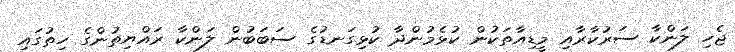
ޖެހި ލަންކާ ސަރުކާރާއި މީޑިއާތަކުން ކުޅެމުންދާ ކުޅިގަނޑުގެ ސަބަބުން ލަންކާ ރައްޔިތުންގެ ހިތުގައި